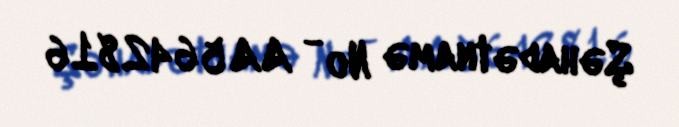
Şəhadətnamə № - AA 5642816